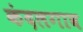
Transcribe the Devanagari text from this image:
कंदलगाव